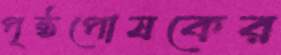
পৃষ্ঠপোষকের